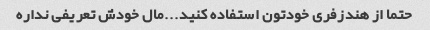
حتما از هندزفری خودتون استفاده کنید...مال خودش تعریفی نداره